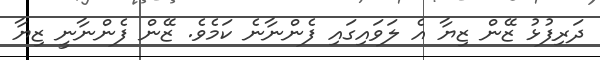
ދަރިފުޅު ޒޭން ޒިޔާ އެ ލަވައިގައި ފެންނާނެ ކަމެވެ. ޒޭން ފެންނާނީ ޒިޔާ